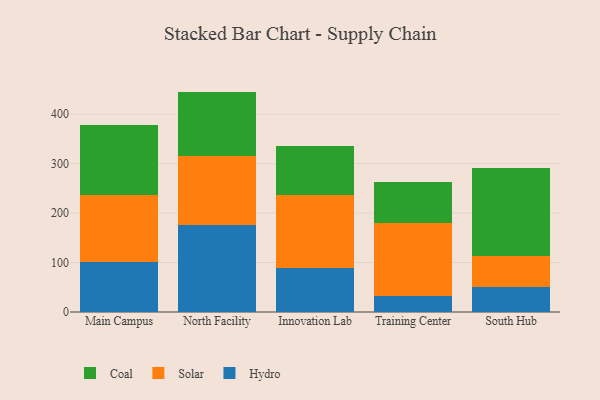
{"axis": {"x": "Campus", "y": "Customer Acquisition Cost (USD)"}, "legend": ["Coal", "Hydro", "Solar"], "data": [{"x": "Main Campus", "y": 101.9, "type": "Hydro"}, {"x": "Main Campus", "y": 135.1, "type": "Solar"}, {"x": "Main Campus", "y": 141.3, "type": "Coal"}, {"x": "North Facility", "y": 175.7, "type": "Hydro"}, {"x": "North Facility", "y": 139.0, "type": "Solar"}, {"x": "North Facility", "y": 131.1, "type": "Coal"}, {"x": "Innovation Lab", "y": 88.9, "type": "Hydro"}, {"x": "Innovation Lab", "y": 148.7, "type": "Solar"}, {"x": "Innovation Lab", "y": 97.4, "type": "Coal"}, {"x": "Training Center", "y": 32.3, "type": "Hydro"}, {"x": "Training Center", "y": 148.5, "type": "Solar"}, {"x": "Training Center", "y": 82.5, "type": "Coal"}, {"x": "South Hub", "y": 50.9, "type": "Hydro"}, {"x": "South Hub", "y": 62.4, "type": "Solar"}, {"x": "South Hub", "y": 177.1, "type": "Coal"}]}